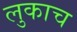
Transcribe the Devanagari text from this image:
लुकाच